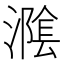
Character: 𭲪